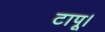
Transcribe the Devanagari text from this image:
टापू।